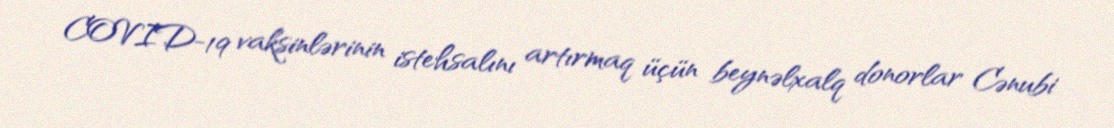
COVID-19 vaksinlərinin istehsalını artırmaq üçün beynəlxalq donorlar Cənubi